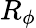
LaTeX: R_{\phi}